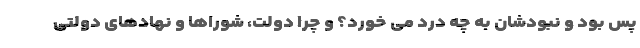
پس بود و نبودشان به چه درد می خورد؟ و چرا دولت، شوراها و نهادهای دولتی